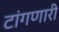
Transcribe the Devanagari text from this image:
टांगणारी